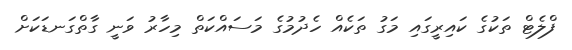
ފްލެޓް ތަކުގެ ކައިރީގައި މަގު ތަކެއް ހެދުމުގެ މަސައްކަތް މިހާރު ވަނީ ގާތްގަނޑަކަށް